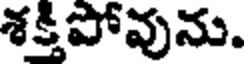
శక్తిపోవును.